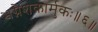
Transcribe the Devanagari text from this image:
भग्नेशकार्मुकः॥६॥